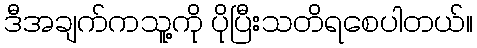
ဒီအချက်ကသူ့ကို ပိုပြီးသတိရစေပါတယ်။